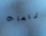
رقصات